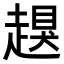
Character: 𧽀